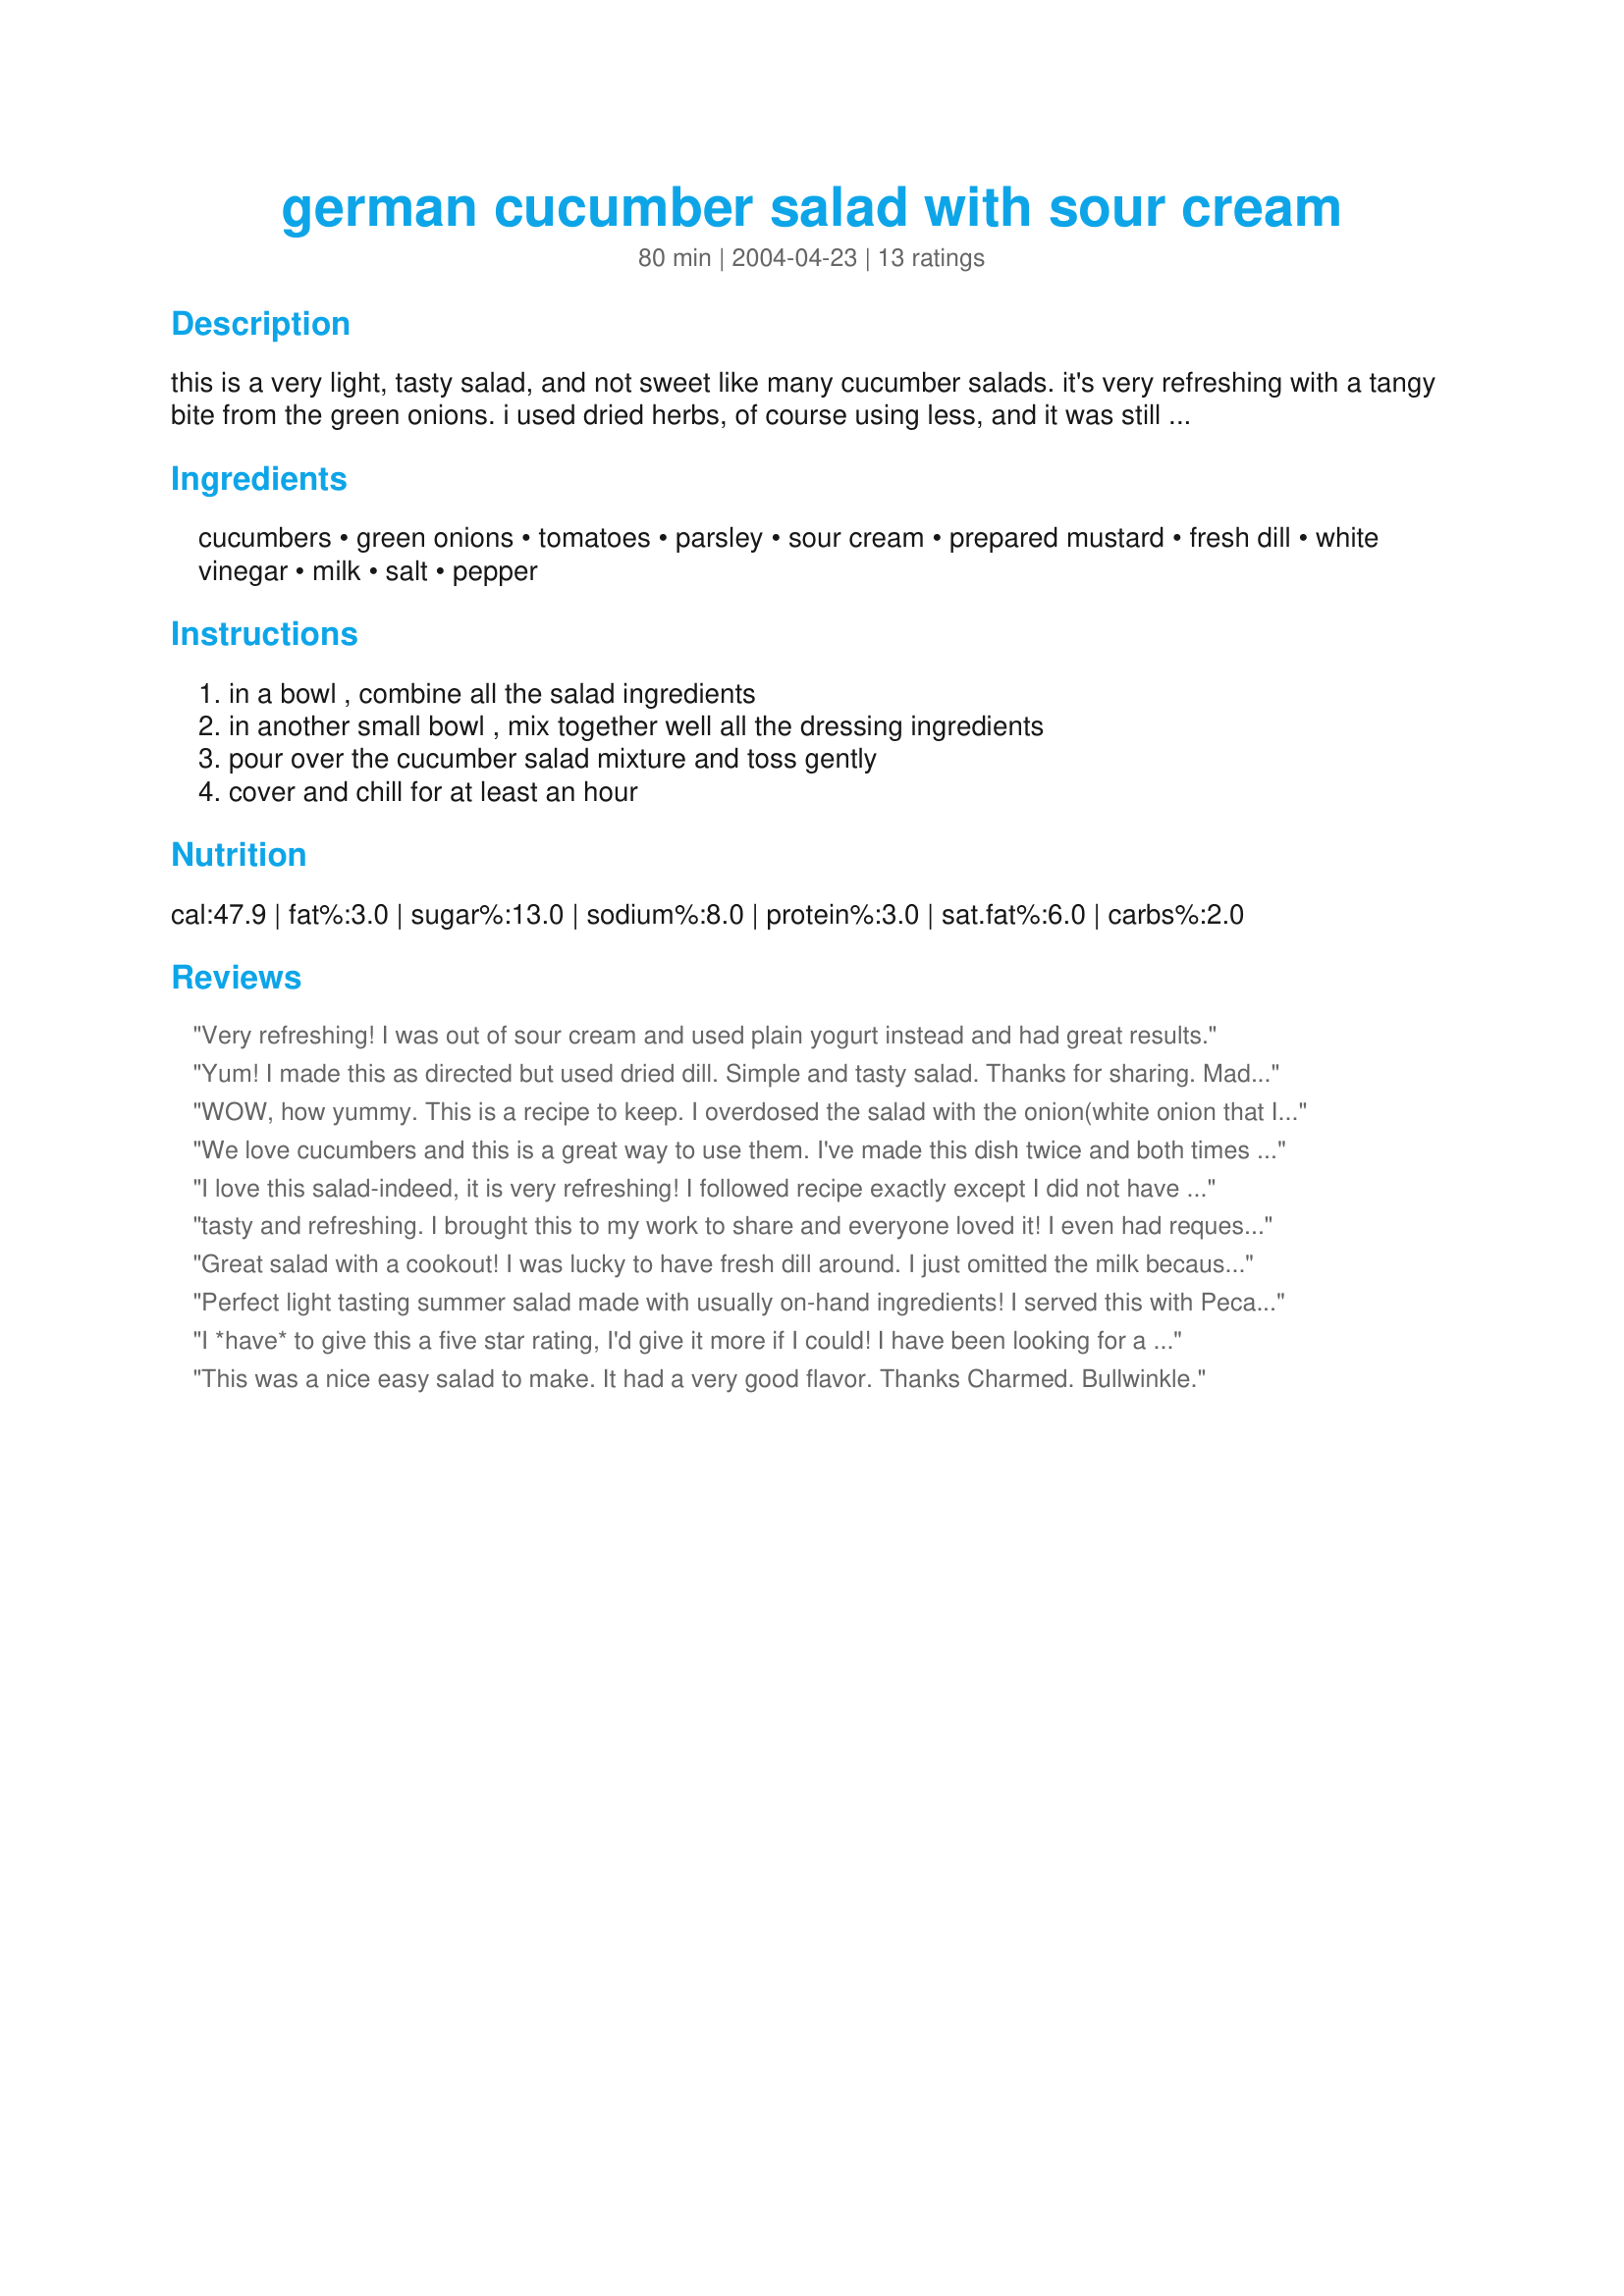
german cucumber salad with sour cream
Preparation time: 80 minutes

this is a very light, tasty salad, and not sweet like many cucumber salads. it's very refreshing with a tangy bite from the green onions. i used dried herbs, of course using less, and it was still very tasty. i got the recipe many years ago from a recipe board online, but do not remember the source. however, it was attributed to a man who made this for his guests at an inn he ran in germany. i included slicing the vegetables in the approximate time.

Ingredients:
cucumbers, green onions, tomatoes, parsley, sour cream, prepared mustard, fresh dill, white vinegar, milk, salt, pepper

Steps:
in a bowl , combine all the salad ingredients, in another small bowl , mix together well all the dressing ingredients, pour over the cucumber salad mixture and toss gently, cover and chill for at least an hour

Reviews:
Very refreshing! I was out of sour cream and used plain yogurt instead and had great results.
Yum! I made this as directed but used dried dill. Simple and tasty salad. Thanks for sharing. Made for Cookbook Tag.
WOW, how yummy. This is a recipe to keep. I overdosed the salad with the onion(white onion that I scalded) and the kids still helped me clean the bowl down to the last drop. Used ordinary cream as no sour, and had no dill, so extra parsley. Can't wait to try it with these two ingredients.
We love cucumbers and this is a great way to use them. I've made this dish twice and both times haven't had tomatoes on hand but I'm sure with the addition the salad will even be that much better. This will be a regular at our house!
I love this salad-indeed, it is very refreshing! I followed recipe exactly except I did not have any parsley and I used dried dill and the salad was still delicious. Will include fresh herbs next time. Love the dill flavor. Served w/ brats, hot german potato salad, and baked beans. Thank you for a great recipe!!!
tasty and refreshing. I brought this to my work to share and everyone loved it! I even had requests for the recipe. I added 3/4 less onion than it called for as some people don't like a lot of onion. I also used baby grape tomatoes and sliced them in halves, it made a great combination. It was a big hit!
Great salad with a cookout!
I was lucky to have fresh dill around. I just omitted the milk because it's never in the house and I doubt it made a difference. Great recipe!!!
Perfect light tasting summer salad made with usually on-hand ingredients! I served this with Pecan Crusted Salmon (88931) from PaulaG for a terrific evening meal.
I *have* to give this a five star rating, I'd give it more if I could! I have been looking for a recipe for German Dill Dressing so I wouldn't have to order the packets. I tried another recipe (and a prepared dip), but they were way too sweet. When I saw the vinegar in this recipe, it made me hope, and I was not let down! I made this with dill weed, but come summer, I'll try it with fresh dill. Thanks so much, this will be a summer staple!
This was a nice easy salad to make. It had a very good flavor. 

Thanks Charmed.

Bullwinkle.
Made exactly as per recipe - Great!!! Next time I will try it without Parsley and add a bit of dried dill. Thank!!!!
Wow, was this ever good. I didn't have any fresh dill, but dried worked just fine, also I only had grape tomatoes, which to me worked just great. All the ingredients seemed to blend so well together, giving this salad a wonderful flavor. Thanks for a keeper Charmed
Just like Mom and Grandma made when I was growing up!
